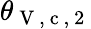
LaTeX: \theta_{\mathrm{~V~,~c~,~2~}}